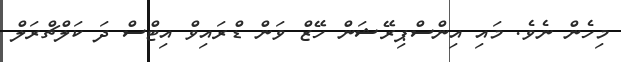
މިހެން ނެވެ. މައި އިންސްޕިރޭޝަން ހޭޒް ވަން ޑްރައިވް އިޓްސް ދަ ކަލްޗްރަލް